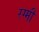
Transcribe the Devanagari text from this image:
रग्मी